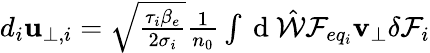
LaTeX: \begin{array}{r}{d_{i}\textbf{u}_{\perp,i}=\sqrt{\frac{\tau_{i}\beta_{e}}{2\sigma_{i}}}\frac{1}{n_{0}}\int\mathrm{~d~}\hat{\mathcal{W}}{\mathcal F}_{eq_{i}}\textbf{v}_{\perp}\delta{\mathcal F}_{i}}\end{array}